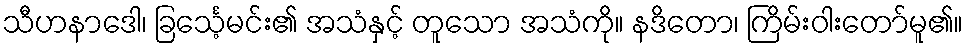
သီဟနာဒေါ၊ ခြင်္သေ့မင်း၏ အသံနှင့် တူသော အသံကို။ နဒိတော၊ ကြိမ်းဝါးတော်မူ၏။